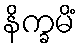
နိက္ခမိံ